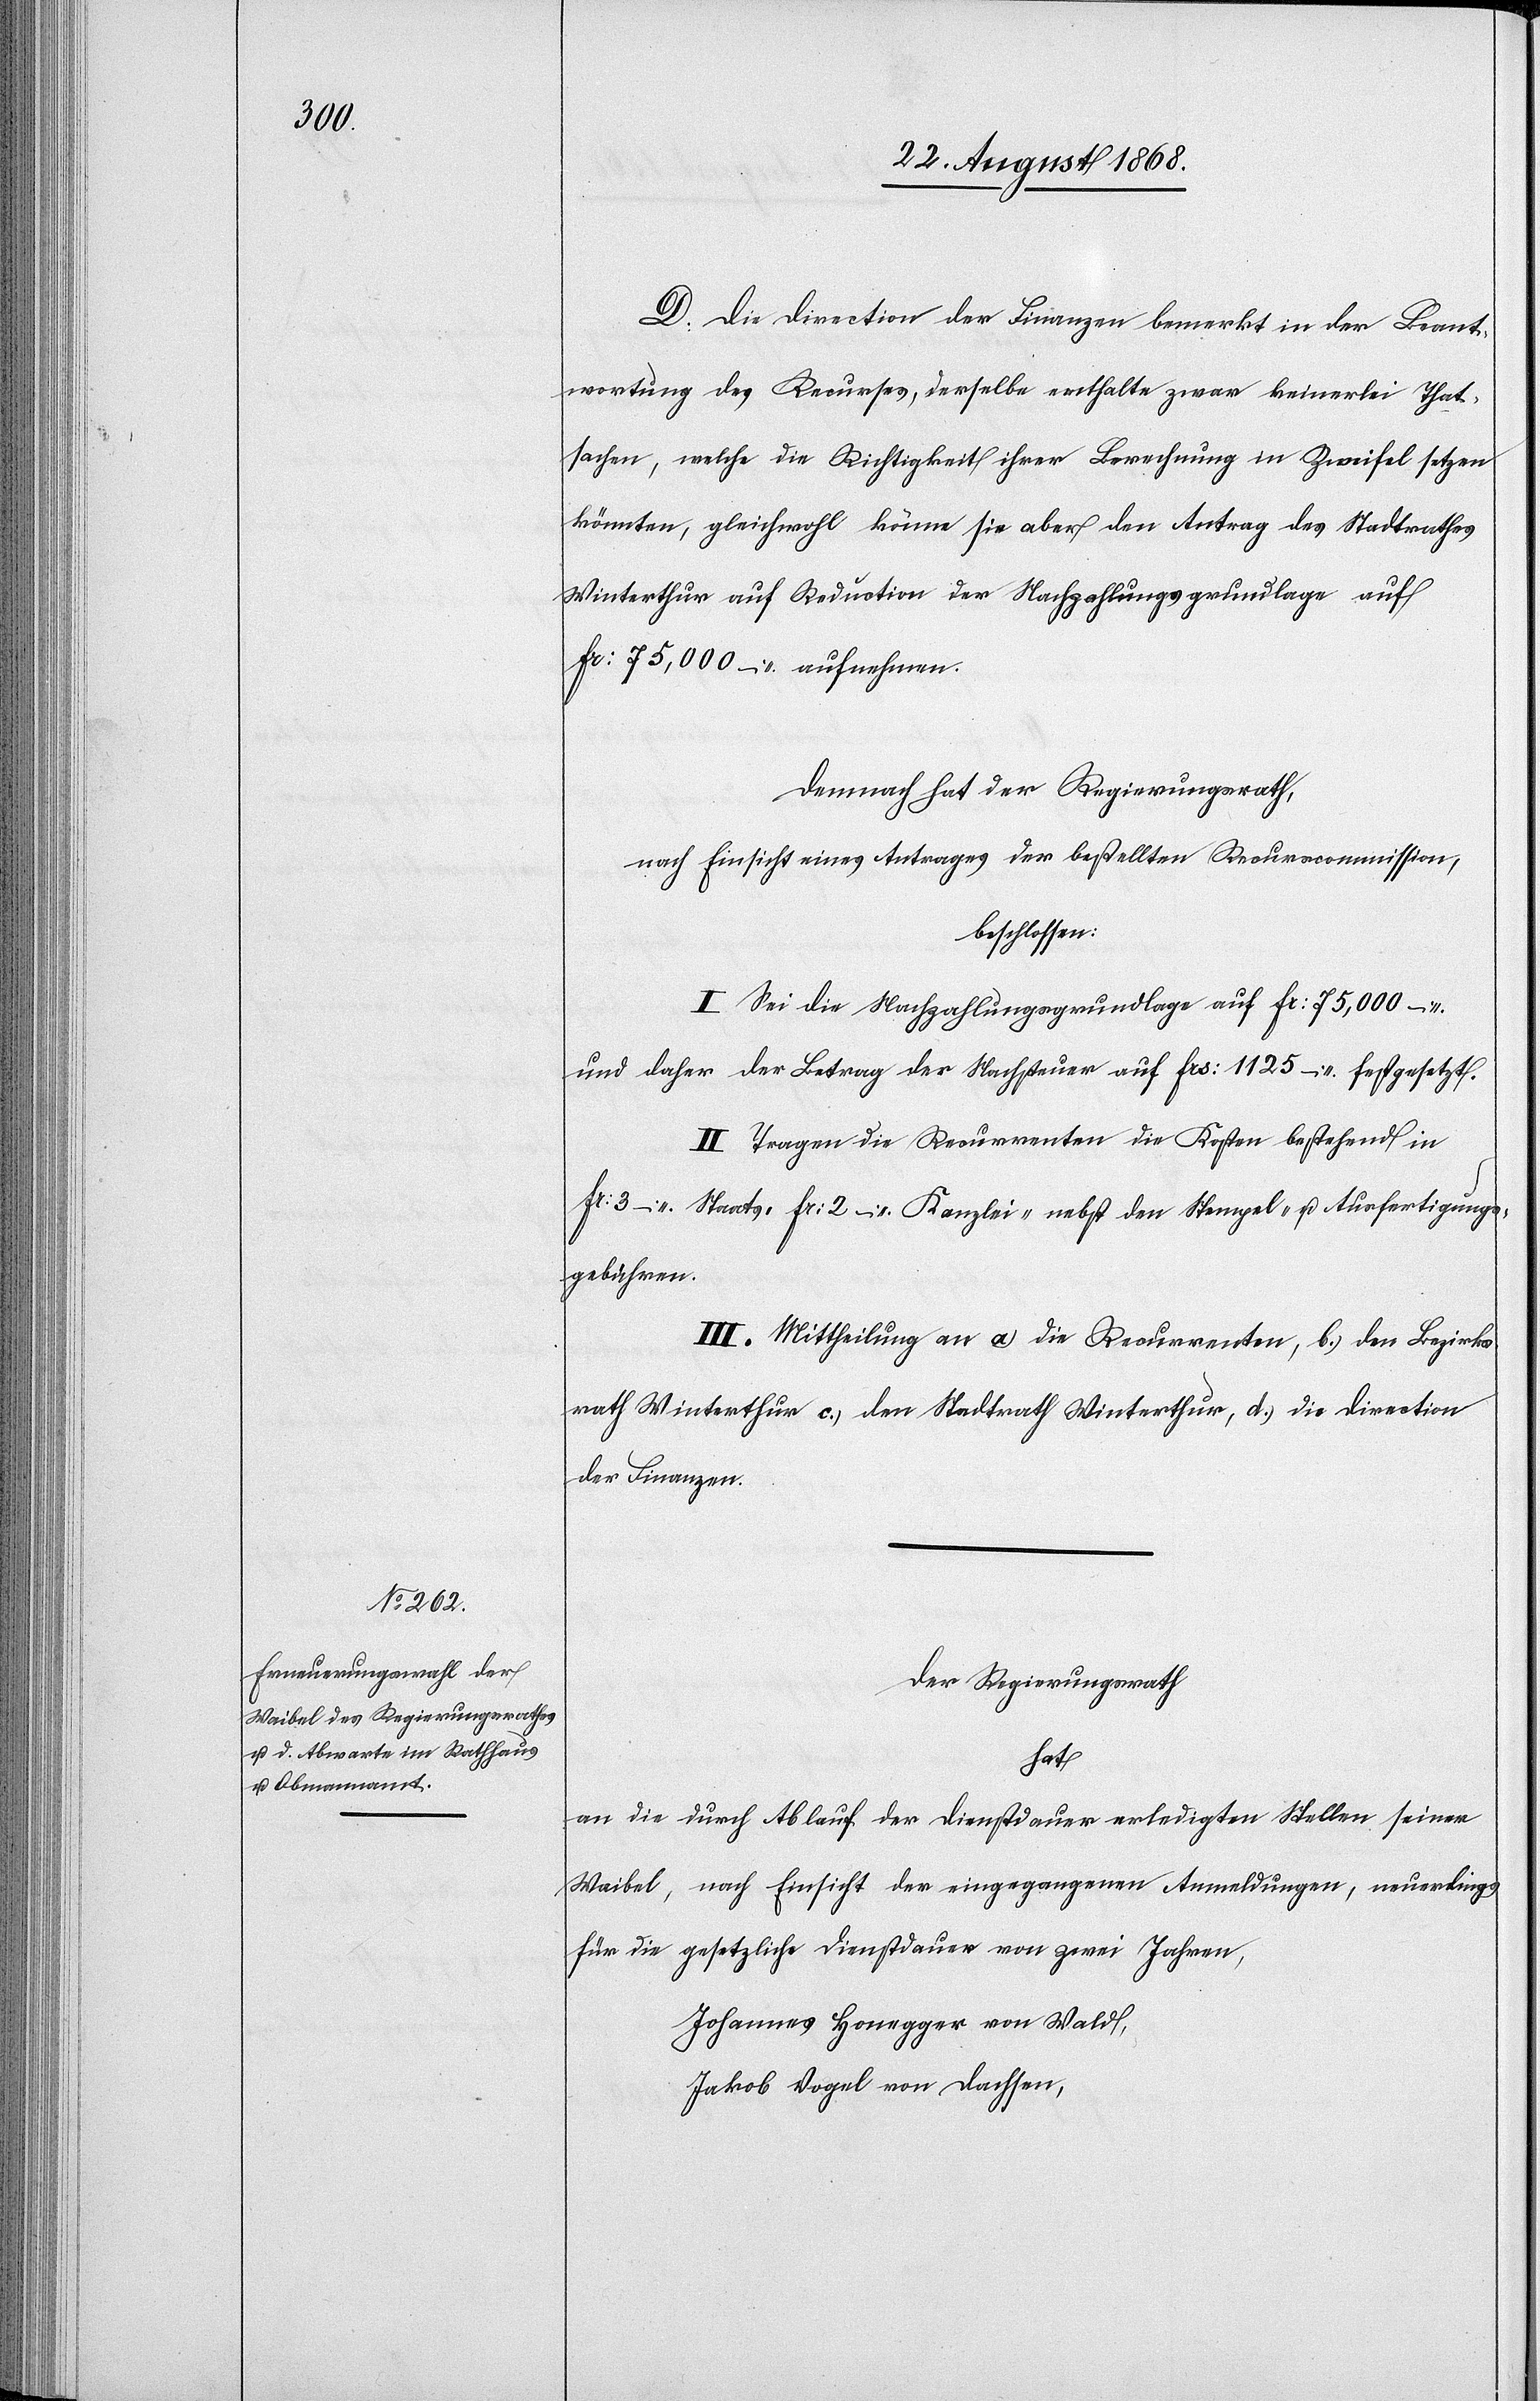
D. Die Direction der Finanzen bemerkt in der Beant¬
wortung des Recurses, derselbe enthalte zwar keinerlei That¬
sachen, welche die Richtigkeit ihrer Berechnung in Zweifel setzen
könnten, gleichwohl könne sie aber den Antrag des Stadtrathes
Winterthur auf Reduction der Nachzahlungsgrundlage auf
Fr: 75,000 – aufnehmen.
Demnach hat der Regierungsrath,
nach Einsicht eines Antrages der bestellten Recurscommission,
beschlossen:
I. Sei die Nachzahlungsgrundlage auf Fr: 75,000 –
und daher der Betrag der Nachsteuer auf Frs: 1125 – festgesetzt.
II. Tragen die Recurrenten die Kosten bestehend in
Fr: 3 – Staats-[,] Fr: 2 – Kanzlei-[,] nebst den Stempel- u. Ausfertigungs¬
gebühren.
III. Mittheilung an a.) die Recurrenten, b.) den Bezirks¬
rath Winterthur c.) den Stadtrath Winterthur, d.) die Direction
der Finanzen.
Der Regierungsrath
hat
an die durch Ablauf der Dienstdauer erledigten Stellen seiner
Waibel,
nach Einsicht der eingegangenen Anmeldungen, neuerdings
gesetzliche Dienstdauer von zwei Jahren,
für die
Johannes Honegger von Wald,
Jakob Vogel von Dachsen,